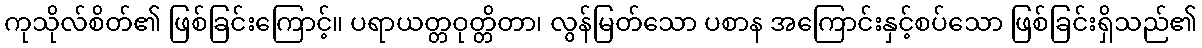
ကုသိုလ်စိတ်၏ ဖြစ်ခြင်းကြောင့်။ ပရာယတ္တဝုတ္တိတာ၊ လွန်မြတ်သော ပစာန အကြောင်းနှင့်စပ်သော ဖြစ်ခြင်းရှိသည်၏